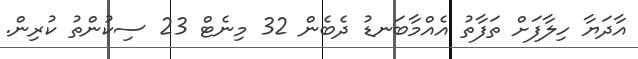
އާދަޔާ ހިލާފަށް ތަފާތު އެއްމާބަނޑު ދެބެން 32 މިނެޓް 23 ސިކުންތު ކުރިން.